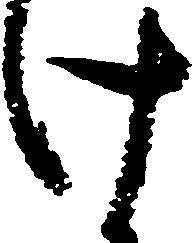
け